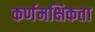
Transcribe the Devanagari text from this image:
कर्णमक्षिकता